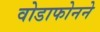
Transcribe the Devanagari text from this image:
वोडाफोनने